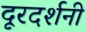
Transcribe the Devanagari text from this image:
दूरदर्शनी